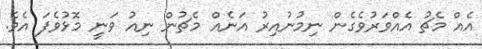
އެއް މެޗު އެއްވަރުވެގެން ނިމުނުއިރު އަނެއް މެޗުން ނިއު ވަނީ މޮޅުވެފަ އެވެ.